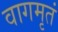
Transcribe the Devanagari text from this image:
वागमृतं